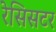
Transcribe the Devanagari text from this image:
रेसिसटर